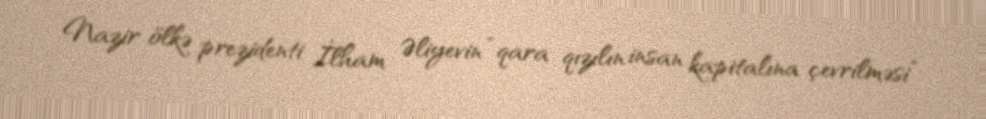
Nazir ölkə prezidenti İlham Əliyevin “qara qızılın insan kapitalına çevrilməsi”